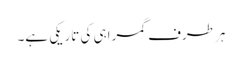
ہر طرف گمراہی کی تاریکی ہے۔